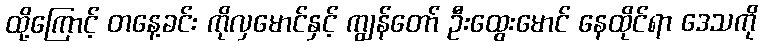
ထို့ကြောင့် တနေ့ခင်း ကိုလှမောင်နှင့် ကျွန်တော် ဦးထွေးမောင် နေထိုင်ရာ ဒေသကို